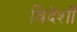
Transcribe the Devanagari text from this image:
विदेशोँ